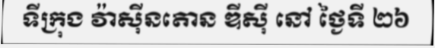
ទីក្រុង វ៉ាស៊ីនតោន ឌីស៊ី នៅ ថ្ងៃទី ២៦